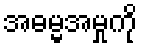
အဓမ္မအမှုကို